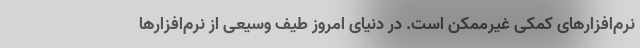
نرم‌افزارهای کمکی غیرممکن است. در دنیای امروز طیف وسیعی از نرم‌افزارها